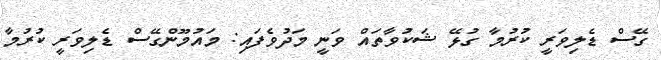
ގޭސް ޑެލިވަރީ ކުރުމާ ގުޅޭ ޝަކުވާތައް ވަނީ މަދުވެފައި: މައުމޫންގޭސް ޑެލިވަރީ ކުރުމާ